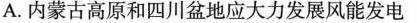
A.内蒙古高原和四川盆地应大力发展风能发电